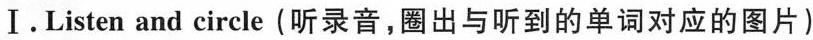
I.Listen and circle(听录音,圈出与听到的单词对应的图片)